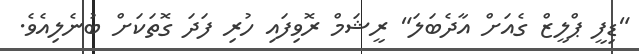
"ޑިފީ ޕްލީޒް ގެއަށް އާދެބަލަ" ރީޝަމް ރޮވިފައި ހުރި ފަދަ ގޮތަކަށް ބުނެލިއެވެ.